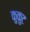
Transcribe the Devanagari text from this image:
कुकुट